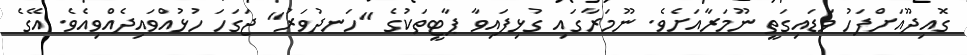
ގޮއިދޫއަށްފަހު ވަޑައިގަތީ ނޫމަރާއަށެވެ. ނޫމަރާގައި ގުޅިފައިވާ ޕާޓީތަކުގެ "ހަނދުވަރު" ޖަގަހަ ހުޅުއްވައިދެއްވިއެވެ. އޭގެ